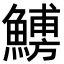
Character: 𩺹